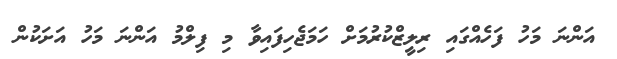
އަންނަ މަހު ފަހެއްގައި ރިލީޒްކުރުމަށް ހަމަޖެހިފައިވާ މި ފިލްމު އަންނަ މަހު އަށަކުން